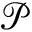
\mathcal { P }